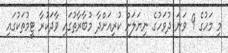
މި މަހުގެ 9 ވަނަ ދުވަހުގެ ނިޔަލަށް ކުރިއަށްދާ މުބާރާތުގައި ވާދަކުރާ ޓީމުތަކުގައި